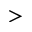
>